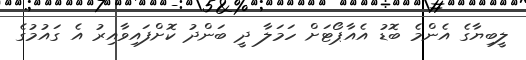
ލީބިޔާގެ އެންމެ ބޮޑު އެއާޕޯޓަށް ހަމަލާ ދީ ބަންދު ކޮށްފައިވާއިރު އެ ގައުމުގެ